Annual report of the Punjab Veterinary College and of the Civil Veterinary Department, Punjab - 1920-1925
Year: 1920
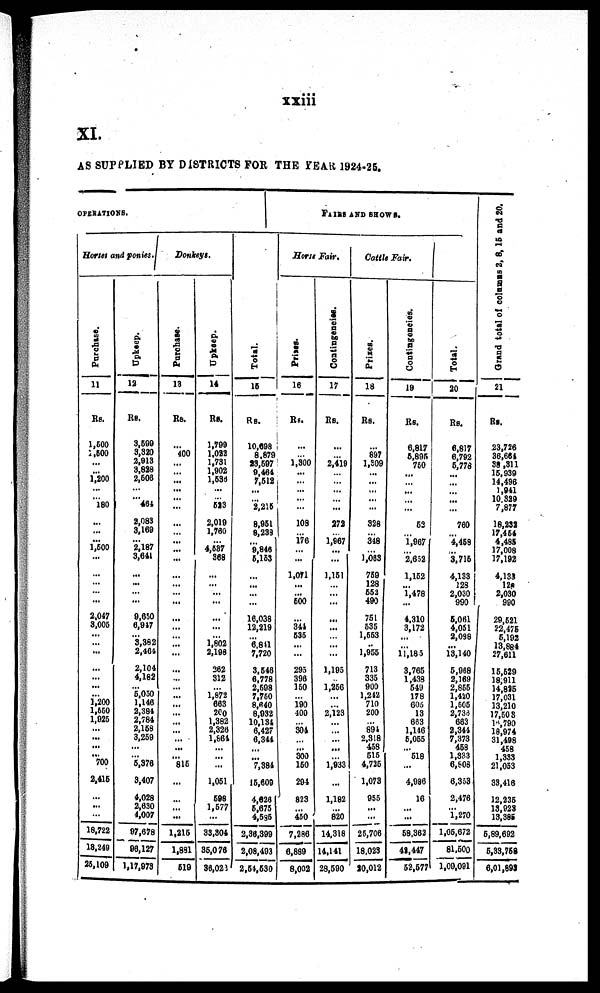
xxiii
XI.
AS SUPPLIED BY DISTRICTS FOR THE YEAR 1924-25.
OPERATIONS.
Hosses and ponies.
Purchase.
11
Rs.
1,600
2,500
... ...
1,200
...
... 180
...
... ...
1,500
...
...
...
... ...
2,047
3,005
...
... ...
...
... ...
... 1,200
1,550
1,026
... ...
...
... 700
2,416
...
...
...
18,722
18,249
25,109
Upkeep.
12
Rs.
3,599
3,320
2,913
3,826
2,506
...
... 461
2,083
3,169
... 2,187
3,641
...
...
... ...
9,650
6,917
... 3,382
2,404
2,104
4,182
... 5,050
1,146
2,384
2,784
2,168
3,259
...
... 5,376
3,407
4,028
2,630
4,007
97,678
96,127
1,17,973
Donkeys.
Purchase.
13
Rs
... 400
...
... ...
...
...
...
...
... ...
...
...
...
...
... ...
...
...
...
...
...
...
... ...
...
...
...
...
...
...
...
... 815
...
...
...
...
1,216
1,891
519
Upkeep.
14
Rs.
1,799
1,022
1,731
1,902
1,538
...
... 523
2,019
1,760
4,537
868
...
...
...
...
...
...
1,802
2,198
362
312
... 1,872
663
20o
1,382
2,326
1,864
...
...
...
1,051
698
1,677
33,304
36,076
36,023
Total.
15
Rs.
10,698
8,879
23,597
9,464
7,512
...
... 2,215
8,951
8,238
... 9,846
5,163
...
...
...
...
16,038
12,219
... 6,811
7,720
3,546
6,778
2,698
7,760
8,640
8,932
10,134
6,427
6,344
...
... 7,384
15,609
4,626
5,675
4,535
2,36,399
2,08,493
2,54,630
FAIRS AND SHOWS.
Horse Fair.
Prizes.
16
Rs.
...
...
1,300
...
...
...
...
...
108
...
176
... ...
1,071
...
... 500
...
344
535
...
...
295
396
150
... 190
400
... 304
...
...
300
150
294
823
... 460
7,286
6,889
8,002
Contingencies.
17
Rs.
...
...
2,419
...
...
...
... ...
272
...
1,967
...
...
1,151
...
...
...
...
...
... ...
...
1,195
... 1,256
...
... 2,123
...
... ...
...
... 1,933
...
1,182
... 820
14,318
14,141
28,590
Cattle Fair.
Prizes.
18
Rs.
...
897
1,309
...
...
...
... ...
328
...
348
...
1,063
759
128
553
490
751
535
1,553
... 1,955
713
335
900
1,242
710
200
... 894
2,318
468
516
4,725
1,073
955
...
......
25,706
18.023
20,012
Contingencies.
19
Rs.
6,817
5,896
750
...
...
...
... ...
53
... 1,967
... 2,652
1,152
1,478
...
4,310
3,172
...
...
11,185
3,765
1,438
540
178
605
13
683
1,146
5,055
518
...
4,986
16
...
...
58,362
42,447
52,577
Tot al .
20
Rs.
6,817
6,792
5,778
... ...
...
...
760
... 4,458
... 3,716
4,138
128
2,030
990
5,061
4,031
2,098
...
13,140
5,958
2,169
2,855
1,420
1,505
2,733
663
2,344
7,373
458
1,333
6,808
6,353
2,476
... 1,270
1,05,672
81,500
1,00,091
Grand total of columns 2, 8, 15 and 20.
21
Rs.
23,726
36,664
36,311
15,939
14,496
1,941
10,329
7,877
18,232
17,454
4,485
17,008
17,192
4,133
128
2,030
990
29,521
22,476
5,192
13,884
27,611
15,529
18,911
14,825
17,031
13,210
17,503
18,790
18,974
31,498
458
1,333
21,063
33,416
12,235
13,928
13,385
5,89,692
6,33,758
6,01,893